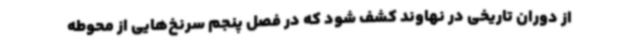
از دوران تاریخی در نهاوند کشف شود که در فصل پنجم سرنخ‌هایی از محوطه